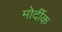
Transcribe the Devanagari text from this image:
मोर्दीक